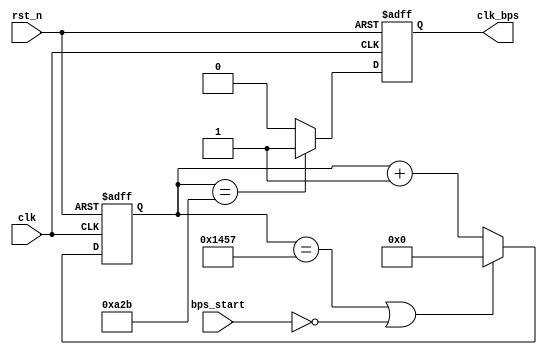
module speed_select(
    input clk,rst_n,bps_start,
    output clk_bps
    );
// `define BPS_PARA 5207;//9600
// `define BPS_PARA_2 2603;//
    reg[13:0] cnt;//
    reg clk_bps_r;//
    
    reg[2:0] uart_ctrl;//
    
    always @(posedge clk or negedge rst_n)
     if(!rst_n)
      cnt<=14'd0;
     else if((cnt==5207)|| !bps_start)//1
      cnt<=14'd0;
     else
      cnt<=cnt+1'b1;//
      
    always @(posedge clk or negedge rst_n) begin
     if(!rst_n)
      clk_bps_r<=1'b0;
     else if(cnt==2603)//,
      clk_bps_r<=1'b1;
     else
      clk_bps_r<=1'b0;
    end
    assign clk_bps = clk_bps_r;//uart_rx
endmodule